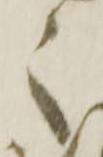
々